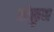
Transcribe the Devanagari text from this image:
खेळुन